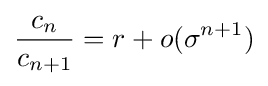
{\frac {c_{n}}{c_{n+1}}}=r+o(\sigma ^{n+1})